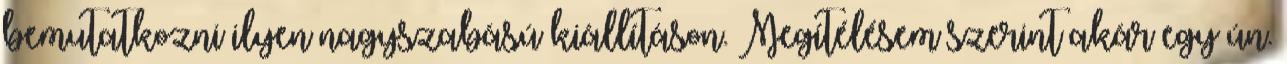
bemutatkozni ilyen nagyszabású kiállításon. Megítélésem szerint akár egy ún.